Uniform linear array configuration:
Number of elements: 12
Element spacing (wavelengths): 0.25
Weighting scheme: binomial
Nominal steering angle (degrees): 15
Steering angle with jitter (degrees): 16.35
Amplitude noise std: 0.05
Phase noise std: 0.05

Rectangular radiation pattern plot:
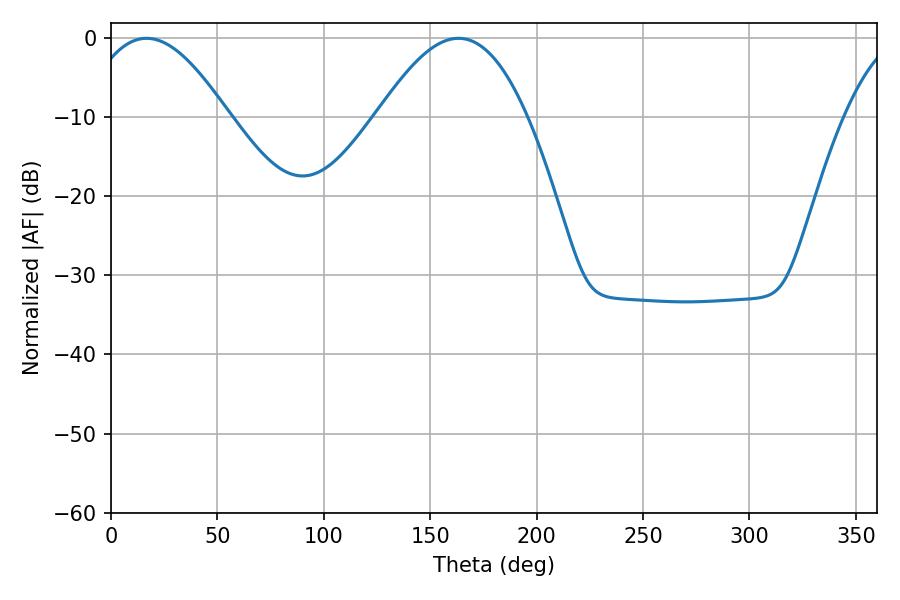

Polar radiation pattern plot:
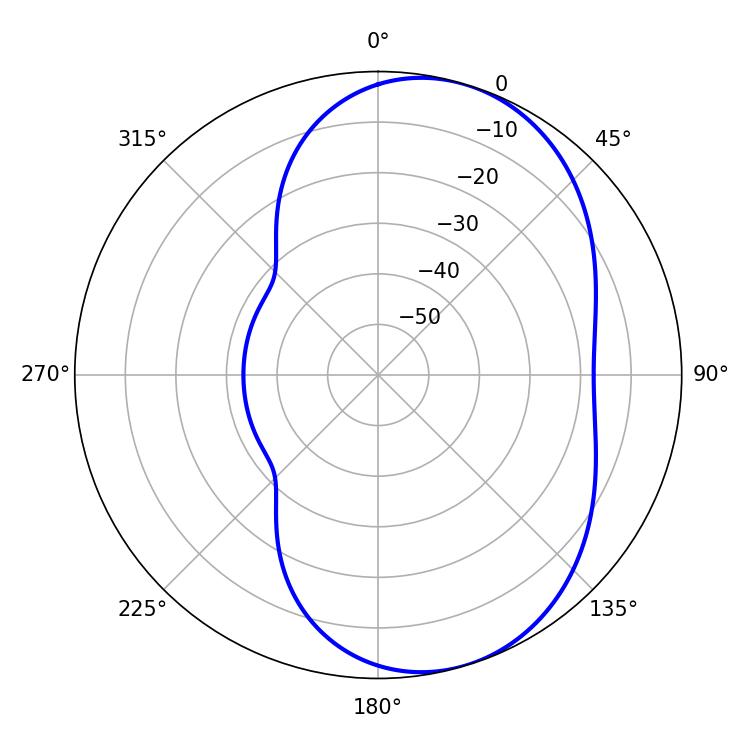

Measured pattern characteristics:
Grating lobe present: FALSE
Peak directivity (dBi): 6.323
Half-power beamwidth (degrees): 36.72
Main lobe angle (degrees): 16.74